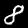
Label: 8